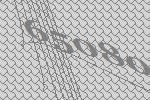
65080